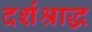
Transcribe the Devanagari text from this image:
दर्शश्राद्ध